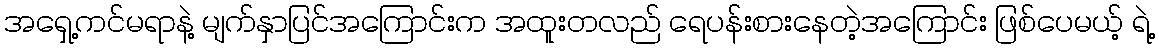
အရှေ့ကင်မရာနဲ့ မျက်နှာပြင်အကြောင်းက အထူးတလည် ရေပန်းစားနေတဲ့အကြောင်း ဖြစ်ပေမယ့် ရဲ့